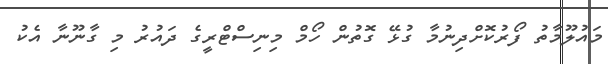
މައުލޫމާތު ފޯރުކޮށްދިނުމާ ގުޅޭ ގޮތުން ހޯމް މިނިސްޓްރީގެ ދައުރު މި ގާނޫނާ އެކު